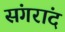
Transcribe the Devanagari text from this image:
संगरांद